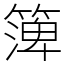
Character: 𥱼